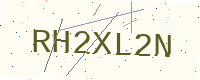
Text: RH2XL2N